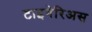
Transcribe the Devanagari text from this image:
टाइबेरिअस